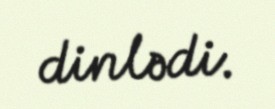
dinlədi.